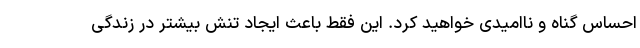
احساس گناه و ناامیدی خواهید کرد. این فقط باعث ایجاد تنش بیشتر در زندگی